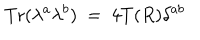
LaTeX: \mathrm { T r } ( \lambda ^ { a } \lambda ^ { b } ) ~ = ~ 4 T ( R ) \delta ^ { a b }